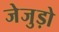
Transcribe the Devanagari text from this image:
जेजुड़ो